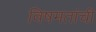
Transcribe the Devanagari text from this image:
विषमतांची